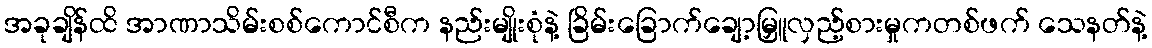
အခုချိန်ထိ အာဏာသိမ်းစစ်ကောင်စီက နည်းမျိုးစုံနဲ့ ခြိမ်းခြောက်ချော့မြှူလှည့်စားမှုကတစ်ဖက် သေနတ်နဲ့